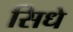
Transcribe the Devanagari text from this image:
सिधे